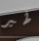
طير